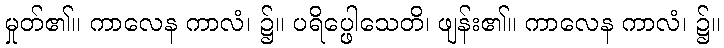
မှုတ်၏။ ကာလေန ကာလံ၊ ၌။ ပရိပ္ဖေါသေတိ၊ ဖျန်း၏။ ကာလေန ကာလံ၊ ၌။